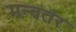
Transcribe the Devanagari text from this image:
मन्वतंर